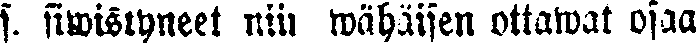
s. siwistyneet niin wähäisen ottawat osaa